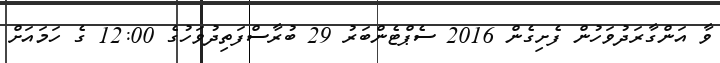
ވާ އަންގާރަދުވަހުން ފެށިގެން 2016 ސެޕްޓެންބަރު 29 ބުރާސްފަތިދުވަހުގެ 12:00 ގެ ހަމައަށް